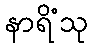
နာရိံသု